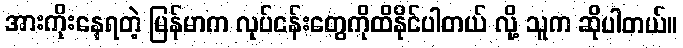
အားကိုးနေရတဲ့ မြန်မာက လုပ်ငန်းတွေကိုထိနိုင်ပါတယ် လို့ သူက ဆိုပါတယ်။